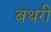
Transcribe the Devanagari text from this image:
बथरी